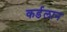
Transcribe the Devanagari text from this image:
कर्डलान